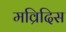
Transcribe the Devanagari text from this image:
मव्रिदिस